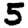
Digit: 5